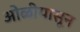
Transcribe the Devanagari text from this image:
ओळीपासून